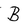
Character: B